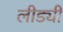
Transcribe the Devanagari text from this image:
लीड्यी